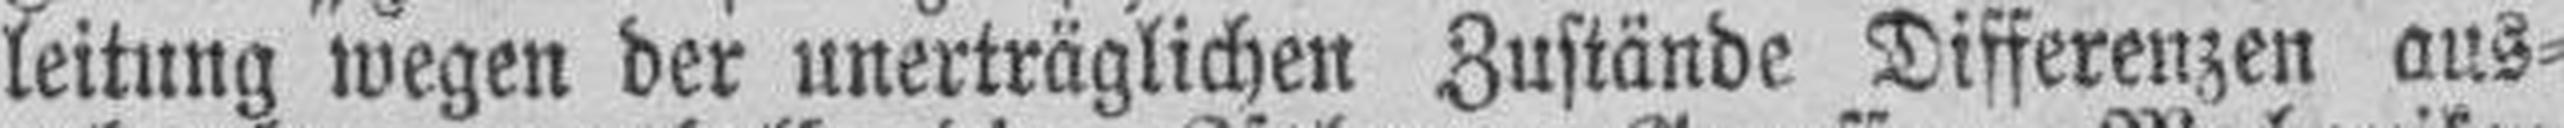
leitung wegen der unerträglichen Zustände Differenzen aus¬